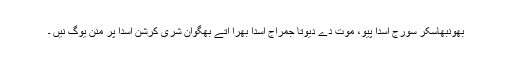
بھونبھاسکر سورج اسدا پیو، موت دے دیوتا جمراج اسدا بھرا اتے بھگوان شری کرشن اسدا پرِ منن یوگ نیں ۔